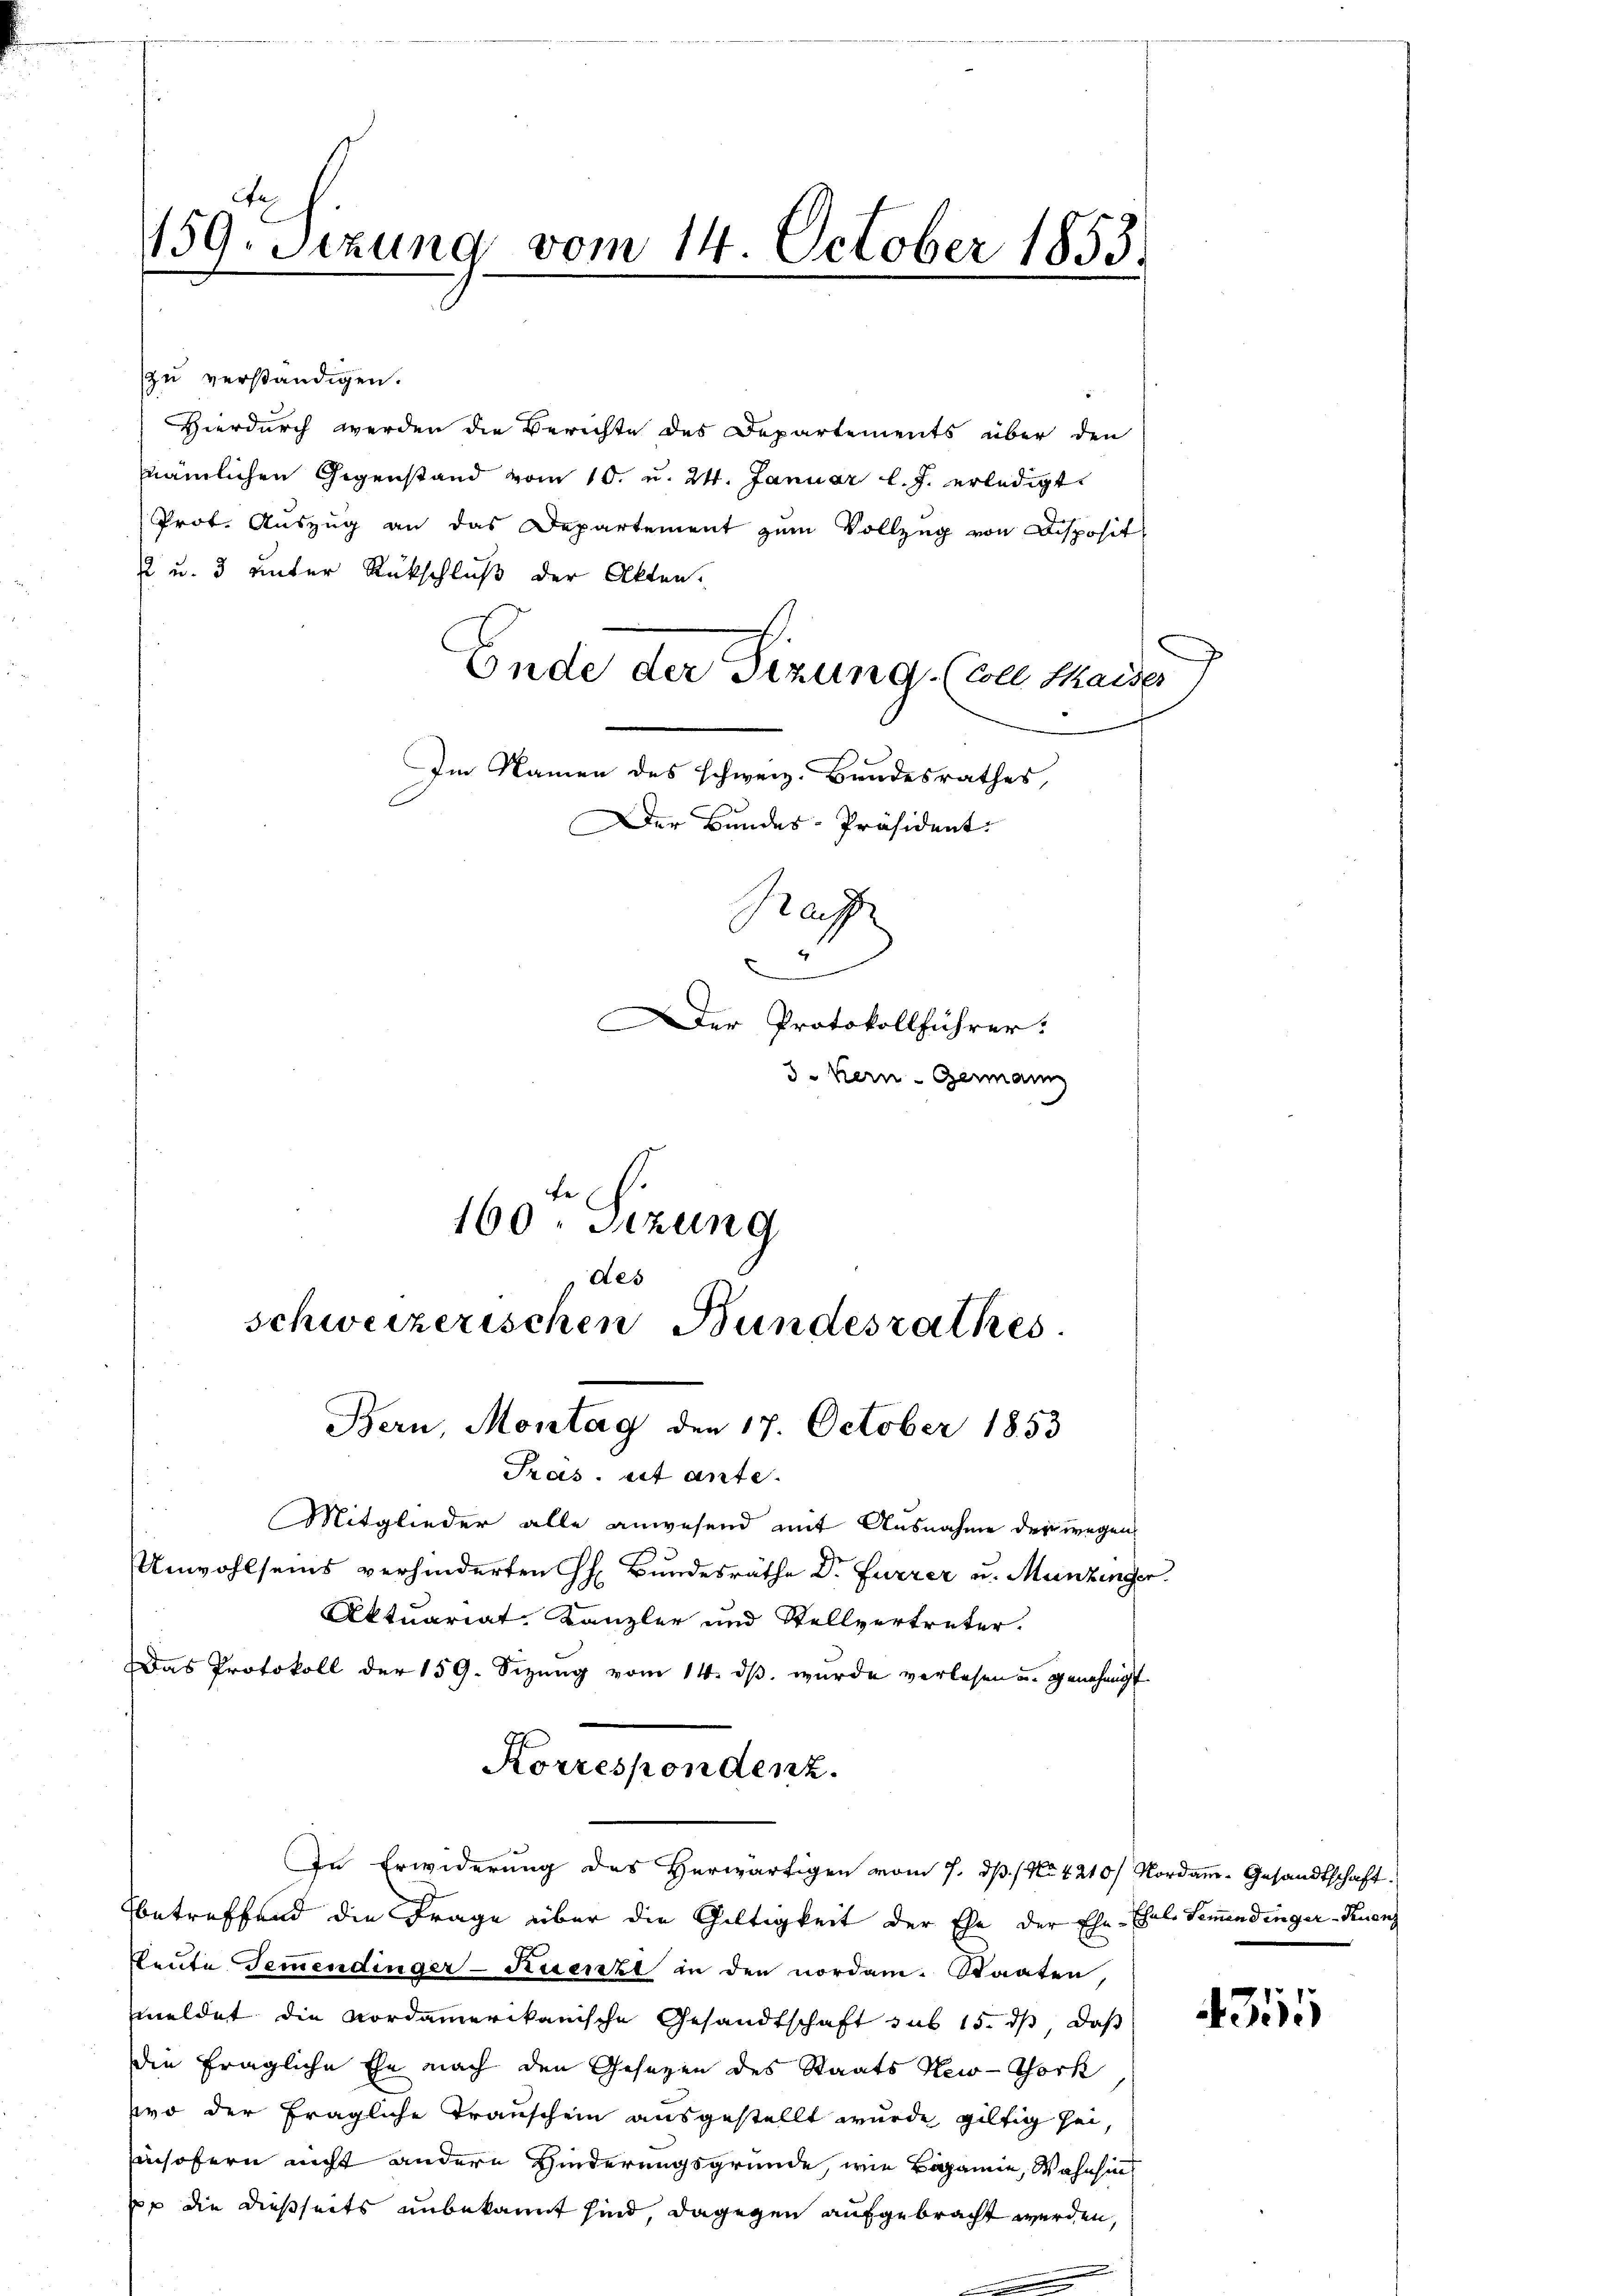
159. Sizung vom 14. October 1853.

zu verständigen.
Hierdurch werden die Berichte des Departements über den
nämlichen Gegenstand vom 10. u. 24. Januar l. J. erledigt.
Prot. Auszug an das Departement zum Vollzug von Disposit
 u. 3 unter Rückschluß der Akten.
Ende der Sizung. (Colle Maider
Im Namen des schweiz. Bandesrathes,

schweizerischen Bundesrathes.
Bern, Montag den 17. October 1853
Pras. et ante.
Mitglieder alle anwesend mit Ausnahme der wegen
Unwohlseins verhinderten H. Bundesräthe Dr. Furrer u. Munzinger.
Aktuariat Kanzler und Stellvertreter.
Das Protokoll der 159. Sizung vom 14. ds. wurde verlesen u. genehmigt.

Der Bundes-Präsident.
Rafz
Der Protokollführer.
3. Kern-Germann
160ten Sizung
des

In Erwiderung des Herwärtigen vom 7. dß. / No 4210/ Nordam. Gesandtschaft.

betreffend die Frage über die Gültigkeit der Ehe der Ehe-Ehal- Semendinger-Kuenz
Beute Gemendinger-Kuenzt in den nordam. Staaten,
meldet die Nordamerikanische Gesandtschaft sub 15. ds, daß
die fragliche Ehe nach den Gesetzen des Staats New-York
wo der fragliche Transchein ausgestellt wurde giltig seiinsofern nicht andere Hinderungsgründe, wie Beganne, Wahnsins
pp die dießseits unbekannt sind, dagegen aufgebracht werden,
2

Korrespondenz.

4355